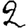
Digit: 2